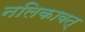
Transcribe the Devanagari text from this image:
नलिकावत्‌